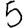
Digit: 5